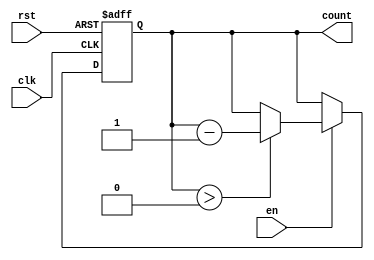
module down_counter_moore (
    input wire clk,      // Clock signal
    input wire rst,      // Asynchronous reset
    input wire en,       // Enable signal
    output reg [1:0] count // 2-bit output for count value
);

    // State encoding
    localparam S3 = 2'b11; // State 3
    localparam S2 = 2'b10; // State 2
    localparam S1 = 2'b01; // State 1
    localparam S0 = 2'b00; // State 0

    // Current state variable
    reg [1:0] current_state;

    // Sequential logic for state transitions
    always @(posedge clk or posedge rst) begin
        if (rst) begin
            current_state <= S3; // Reset to maximum state
        end else if (en) begin
            if (current_state > S0) begin
                current_state <= current_state - 1; // Count down
            end
        end
    end

    // Output logic (Moore output)
    always @(current_state) begin
        count <= current_state; // Output is the current state
    end

endmodule